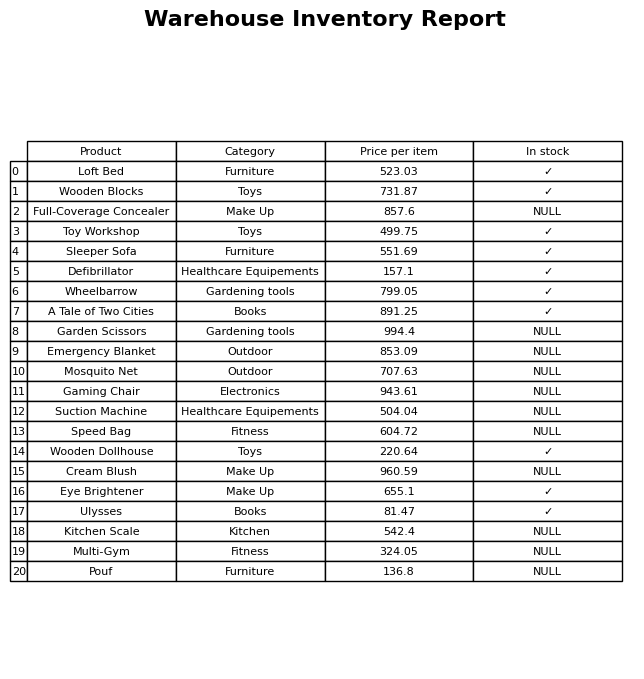
question: What is the price of the A Tale of Two Cities?
answer: The price of A Tale of Two Cities is 891.25.